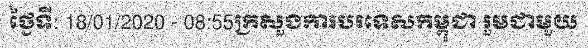
ថ្ងៃទី: 18/01/2020 - 08:55ក្រសួងការបរទេសកម្ពុជា រួមជាមួយ